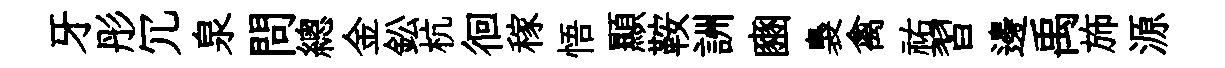
牙彤冗泉問總金鈆杭徊稼悟顯鞍詶豳裊禽祐習邊禹斾源